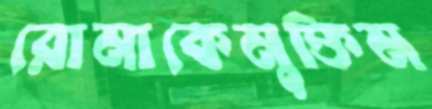
রোমাকেমুক্তিম